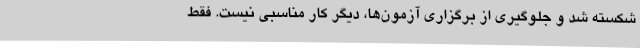
شکسته شد و جلوگیری از برگزاری آزمون‌ها، دیگر کار مناسبی نیست. فقط